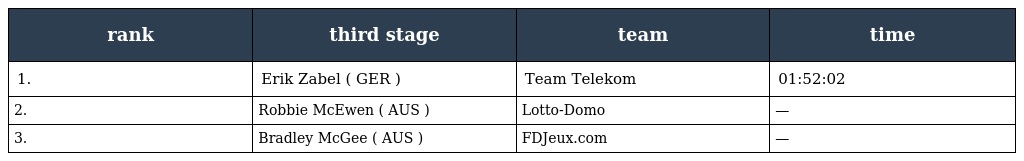
| rank | third stage | team | time |
 | --- | --- | --- | --- |
 | 1. | Erik Zabel ( GER ) | Team Telekom | 01:52:02 |
 | 2. | Robbie McEwen ( AUS ) | Lotto-Domo | — |
 | 3. | Bradley McGee ( AUS ) | FDJeux.com | — |